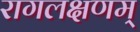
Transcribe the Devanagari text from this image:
रागलक्षणम्